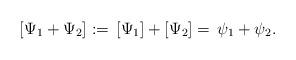
LaTeX: \begin{align*}[\Psi_1+\Psi_2]:=\,[\Psi_1]+[\Psi_2]=\,\psi_1 + \psi_2.\end{align*}